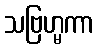
သဗြဟ္မကာ